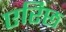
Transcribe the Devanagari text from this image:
एरिछ